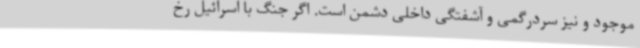
موجود و نیز سردرگمی و آشفتگی داخلی دشمن است. اگر جنگ با اسرائیل رخ